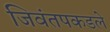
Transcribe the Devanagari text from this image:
जिवंतपकडले